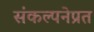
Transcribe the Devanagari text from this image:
संकल्पनेप्रत